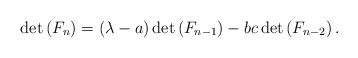
\begin{align*}\det \left( F_{n}\right) =\left( \lambda -a\right) \det \left(F_{n-1}\right) -bc\det \left( F_{n-2}\right) . \end{align*}